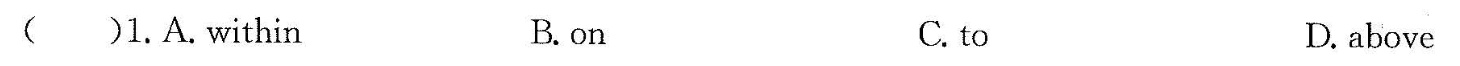
( )2.A.daughter